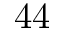
4 4